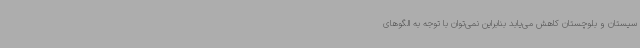
سیستان و بلوچستان کاهش می‌یابد بنابراین نمی‌توان با توجه به الگوهای